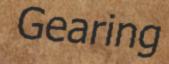
Gearing